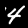
Label: 4